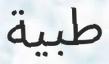
طبية